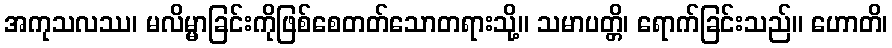
အကုသလဿ၊ မလိမ္မာခြင်းကိုဖြစ်စေတတ်သောတရားသို့။ သမာပတ္တိ၊ ရောက်ခြင်းသည်။ ဟောတိ၊